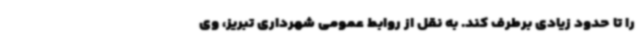
را تا حدود زیادی برطرف کند. به نقل از روابط عمومی شهرداری تبریز، وی